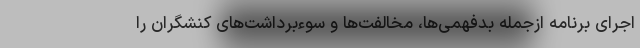
اجرای برنامه ازجمله بدفهمی‌ها، مخالفت‌ها و سوءبرداشت‌های کنشگران را